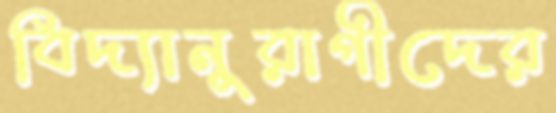
বিদ্যানুরাগীদের